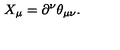
X _ { \mu } = \partial ^ { \nu } \theta _ { \mu \nu } .